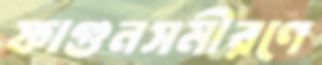
ফাগুনসমীরণে